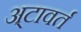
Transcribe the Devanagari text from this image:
अ्टावर्त